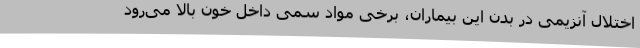
اختلال آنزیمی در بدن این بیماران، برخی مواد سمی داخل خون بالا می‌رود